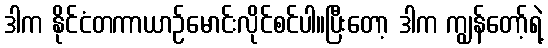
ဒါက နိုင်ငံတကာယာဉ်မောင်းလိုင်စင်ပါ။ပြီးတော့ ဒါက ကျွန်တော့်ရဲ့